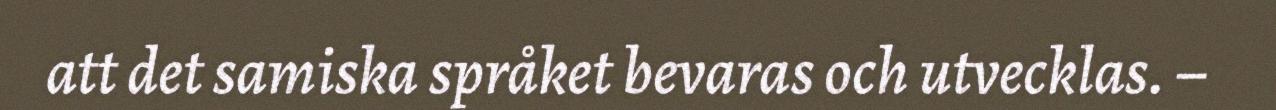
att det samiska språket bevaras och utvecklas. –